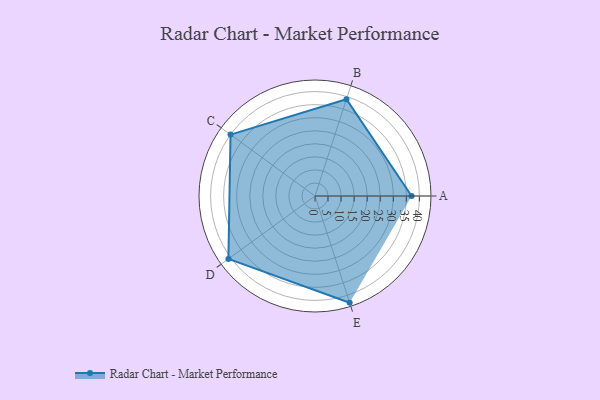
{"axis": {"x": "Skill", "y": "Score"}, "legend": ["Profile"], "data": [{"x": "A", "y": 37.0, "type": "Profile"}, {"x": "B", "y": 39.0, "type": "Profile"}, {"x": "C", "y": 40.0, "type": "Profile"}, {"x": "D", "y": 41.0, "type": "Profile"}, {"x": "E", "y": 43.0, "type": "Profile"}]}